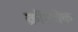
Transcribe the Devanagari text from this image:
क्रॉसचेक